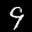
Label: 9